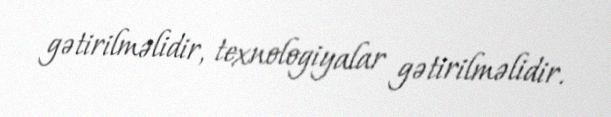
gətirilməlidir, texnologiyalar gətirilməlidir.